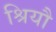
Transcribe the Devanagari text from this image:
श्रियौ